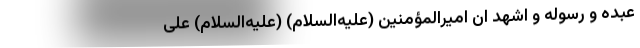
عبده و رسوله و اشهد ان امیرالمؤمنین (علیه‌السلام) (علیه‌السلام) علی